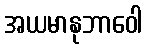
အယမာနုဘာဝေါ